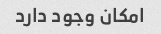
امکان وجود دارد